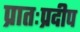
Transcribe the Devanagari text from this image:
प्रातःप्रदीप